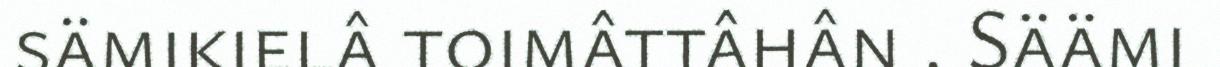
sämikielâ toimâttâhân . Säämi